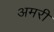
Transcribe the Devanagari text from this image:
अमरी